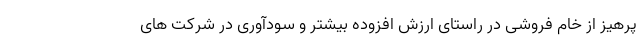
پرهیز از خام فروشی در راستای ارزش افزوده بیشتر و سودآوری در شرکت های